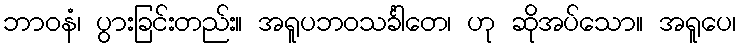
ဘာဝနံ၊ ပွားခြင်းတည်း။ အရူပဘဝသင်္ခါတေ၊ ဟု ဆိုအပ်သော။ အရူပေ၊